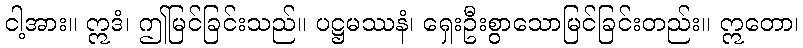
ငါ့အား။ ဣဒံ၊ ဤမြင်ခြင်းသည်။ ပဋ္ဌမဿနံ၊ ရှေးဦးစွာသောမြင်ခြင်းတည်း။ ဣတော၊